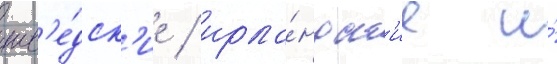
шв'е́дск'ие / ирла́ндск'ие и́